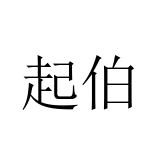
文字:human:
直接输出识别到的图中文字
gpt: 起伯